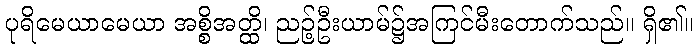
ပုရိမေယာမေယာ အစ္စိအတ္ထိ၊ ညဉ့်ဦးယာမ်၌အကြင်မီးတောက်သည်။ ရှိ၏။